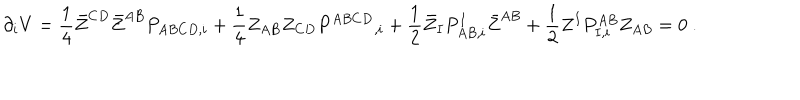
LaTeX: \partial _ { i } V = { \frac { 1 } { 4 } } \bar { Z } ^ { C D } \bar { Z } ^ { A B } P _ { A B C D , i } + { \frac { 1 } { 4 } } Z _ { A B } Z _ { C D } P ^ { A B C D } { } _ { , i } + { \frac { 1 } { 2 } } \bar { Z } _ { I } P _ { A B , i } ^ { I } \bar { Z } ^ { A B } + { \frac { 1 } { 2 } } Z ^ { I } P _ { I , i } ^ { A B } Z _ { A B } = 0 \ .